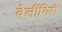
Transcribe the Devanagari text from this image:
वेलींगिरी